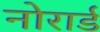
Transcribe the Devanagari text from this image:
नोरार्ड